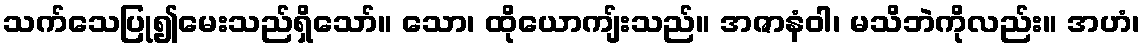
သက်သေပြု၍မေးသည်ရှိသော်။ သော၊ ထိုယောကျ်းသည်။ အဇာနံဝါ၊ မသိဘဲကိုလည်း။ အဟံ၊